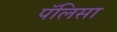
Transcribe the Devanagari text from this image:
पॅलिसा